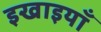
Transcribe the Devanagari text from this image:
इखाइयाँ